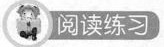
阅读练习